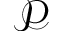
\mathcal { P }